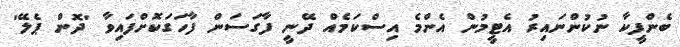
ބެންފީކާ ނުކުންނައިރު އެޓީމުން އެންމެ އިސްކަމެއް ދޭނީ ފާގަސަން ފާހަގަކޮށްފައިވާ 'ދޮން ޕެލޭ'